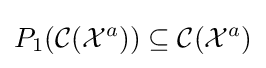
P_{1}({\mathcal {C}}({\mathcal {X}}^{a}))\subseteq {\mathcal {C}}({\mathcal {X}}^{a})